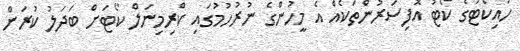
ހައިކޯޓުގެ ކޯޓު އޮފިސަރުންތަކެއް އެ މީހުންގެ ނުރުހުމުގައި ކްރިމިނަލް ކޯޓަށް ބަދަލު ކުރަން